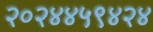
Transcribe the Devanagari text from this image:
२०२४४५९४२४